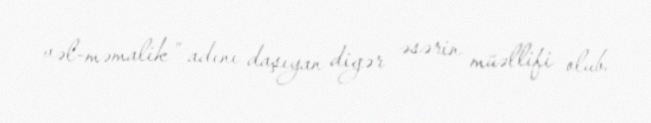
vəl-məmalik” adını daşıyan digər əsərin müəllifi olub.